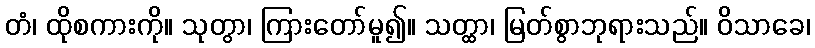
တံ၊ ထိုစကားကို။ သုတွာ၊ ကြားတော်မူ၍။ သတ္ထာ၊ မြတ်စွာဘုရားသည်။ ဝိသာခေ၊